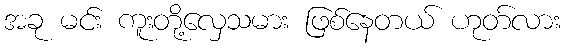
အခု မင်း ကူးတို့လှေသမား ဖြစ်နေတယ် ဟုတ်လား